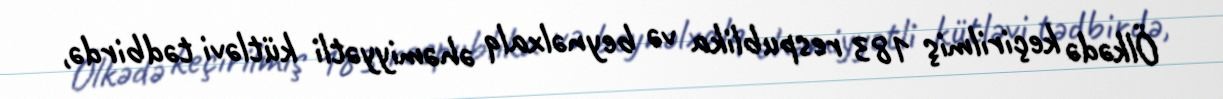
Ölkədə keçirilmiş 183 respublika və beynəlxalq əhəmiyyətli kütləvi tədbirdə,